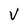
Character: V